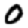
Digit: 0